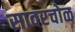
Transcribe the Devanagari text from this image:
सावरचोळ